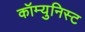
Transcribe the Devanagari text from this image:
कॉम्युनिस्ट